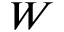
W